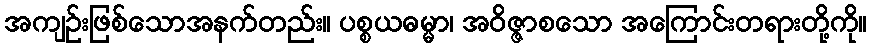
အကျဉ်းဖြစ်သောအနက်တည်း။ ပစ္စယဓမ္မာ၊ အဝိဇ္ဇာစသော အကြောင်းတရားတို့ကို။